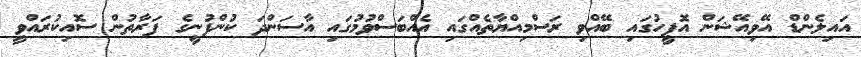
އައިލެންޑް އޭވިއޭޝަން އޮފީހުގައި ބޭއްވި ރަސްމިއްޔާތެއްގައި އެއްބަސްވުމުގައި އާސަންދަ ކުންފުނީގެ ފަރާތުން ސޮއިކުރައްވީ